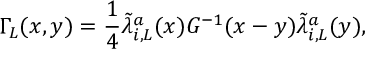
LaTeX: \Gamma _ { L } ( x , y ) = \frac { 1 } { 4 } \tilde { \lambda } _ { i , L } ^ { a } ( x ) G ^ { - 1 } ( x - y ) \tilde { \lambda } _ { i , L } ^ { a } ( y ) ,